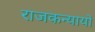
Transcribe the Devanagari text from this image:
राजकन्यायों